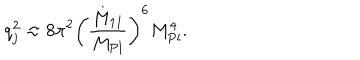
q _ { j } ^ { 2 } \approx 8 \pi ^ { 2 } \left( \frac { M _ { 1 1 } } { M _ { \mathrm { P l } } } \right) ^ { 6 } M _ { \mathrm { P l } } ^ { 4 } .